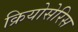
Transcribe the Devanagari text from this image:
क्रियोसेरिस